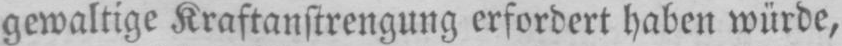
gewaltige Kraftanstrengung erfordert haben würde,